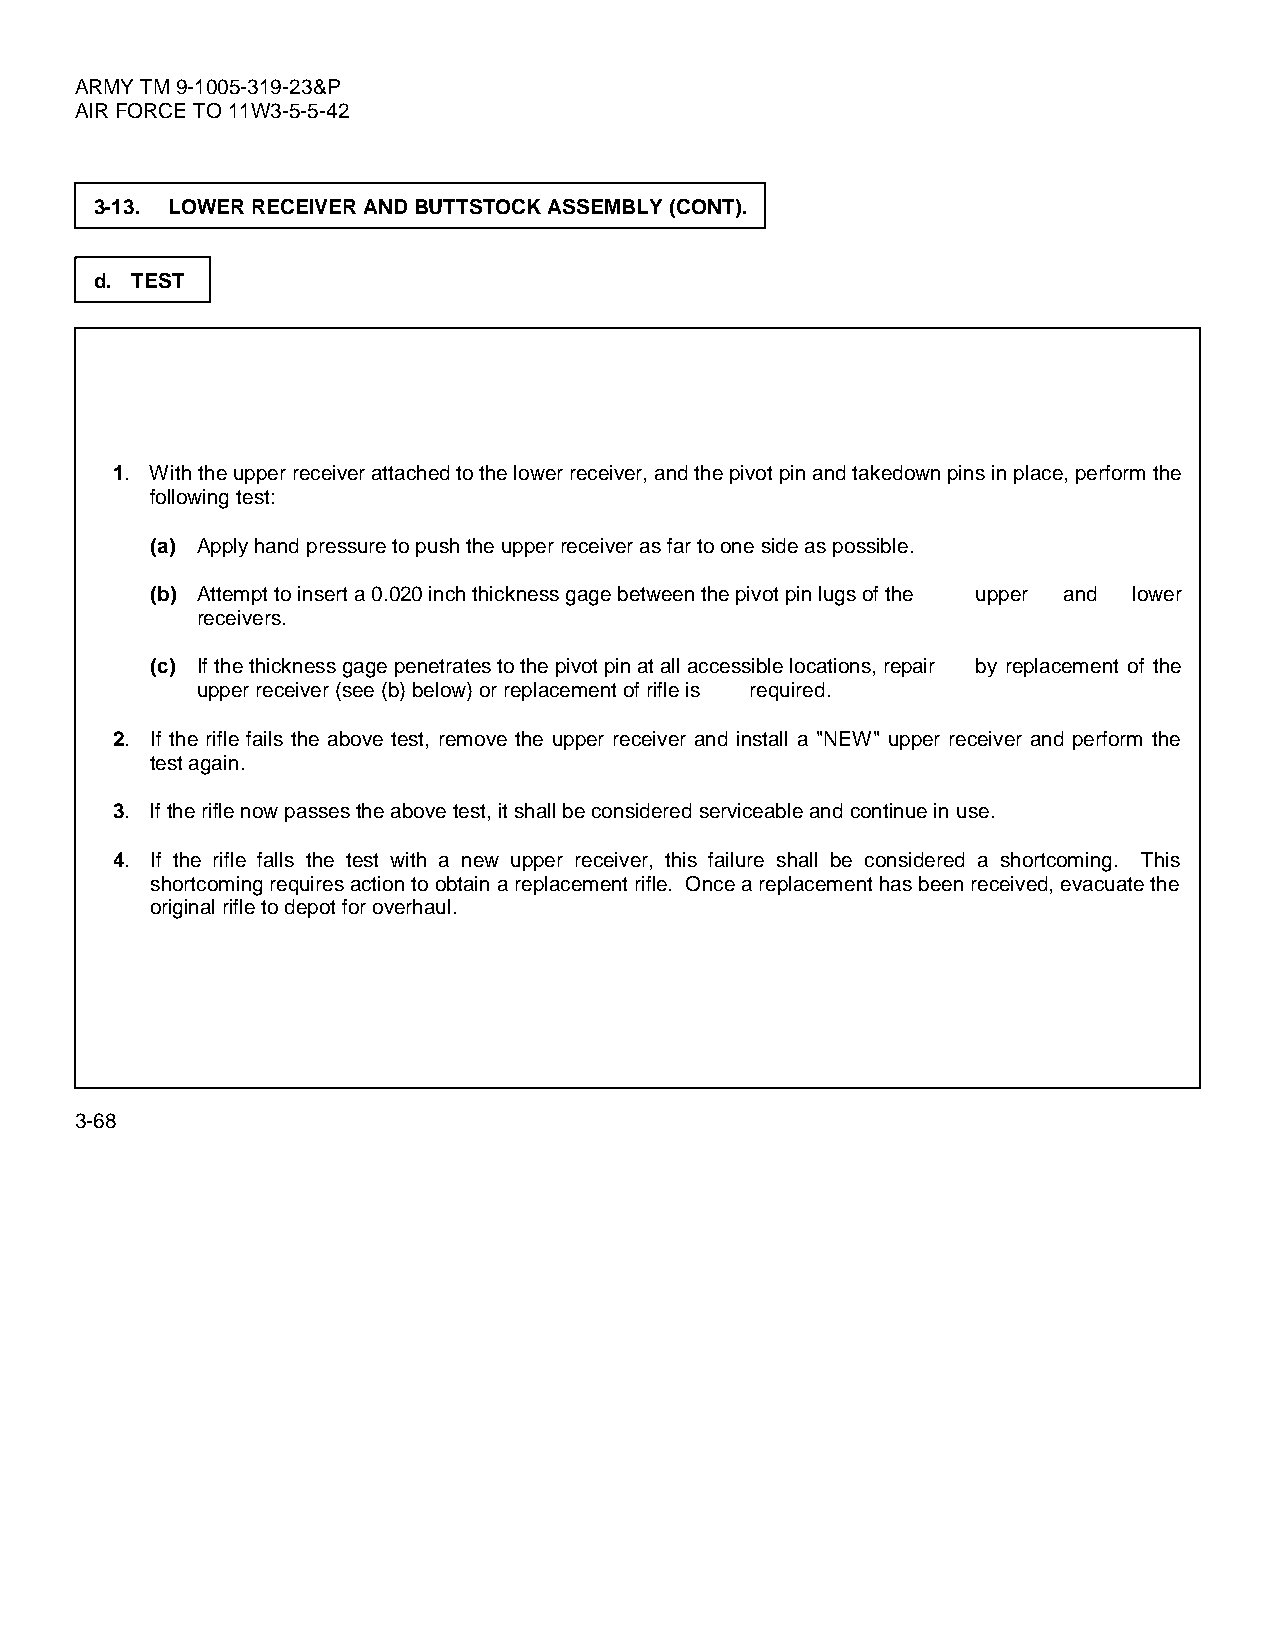
ARMY TM 9-1005-319-23&P
 AIR FORCE TO 11W3-5-5-42
 3-13. LOWER RECEIVER AND BUTTSTOCK ASSEMBLY (CONT).
 d. TEST
 1. With the upper receiver attached to the lower receiver, and the pivot pin and takedown pins in place, perform the
 following test:
 (a) Apply hand pressure to push the upper receiver as far to one side as possible.
 (b) Attempt to insert a 0.020 inch thickness gage between the pivot pin lugs of the upper and lower
 receivers.
 (c) If the thickness gage penetrates to the pivot pin at all accessible locations, repair by replacement of the
 upper receiver (see (b) below) or replacement of rifle is required.
 2. If the rifle fails the above test, remove the upper receiver and install a "NEW" upper receiver and perform the
 test again.
 3. If the rifle now passes the above test, it shall be considered serviceable and continue in use.
 4. If the rifle falls the test with a new upper receiver, this failure shall be considered a shortcoming. This
 shortcoming requires action to obtain a replacement rifle. Once a replacement has been received, evacuate the
 original rifle to depot for overhaul.
 3-68